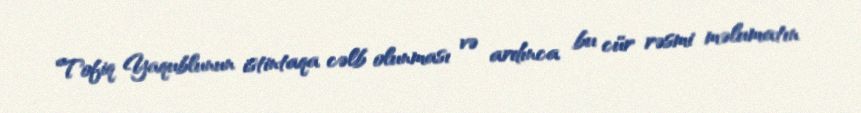
Tofiq Yaqublunun istintaqa cəlb olunması və ardınca bu cür rəsmi məlumatın